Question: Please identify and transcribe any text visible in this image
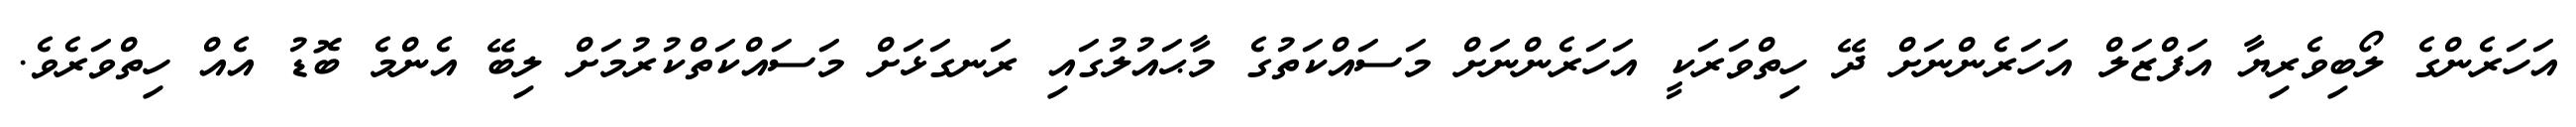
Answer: އަހަރެންގެ ލޯބިވެރިޔާ އަފްޒަލް އަހަރެންނަށް ދޭ ހިތްވަރަކީ އަހަރެންނަށް މަސައްކަތުގެ މާޙައުލުގައި ރަނގަޅަށް މަސައްކަތްކުރުމަށް ލިބޭ އެންމެ ބޮޑު އެއް ހިތްވަރެވެ.